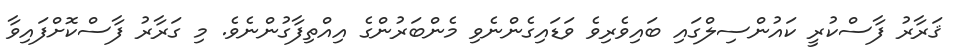
ޤަރާރު ފާސްކުރީ ކައުންސިލްގައި ބައިވެރިވެ ވަޑައިގެންނެވި މެންބަރުންގެ އިއްތިފާގުންނެވެ. މި ގަރާރު ފާސްކޮށްފައިވާ